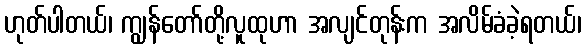
ဟုတ်ပါတယ်၊ ကျွန်တော်တို့လူထုဟာ အလျင်တုန်းက အလိမ်ခံခဲ့ရတယ်၊